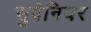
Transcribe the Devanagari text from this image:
सुवेनियर